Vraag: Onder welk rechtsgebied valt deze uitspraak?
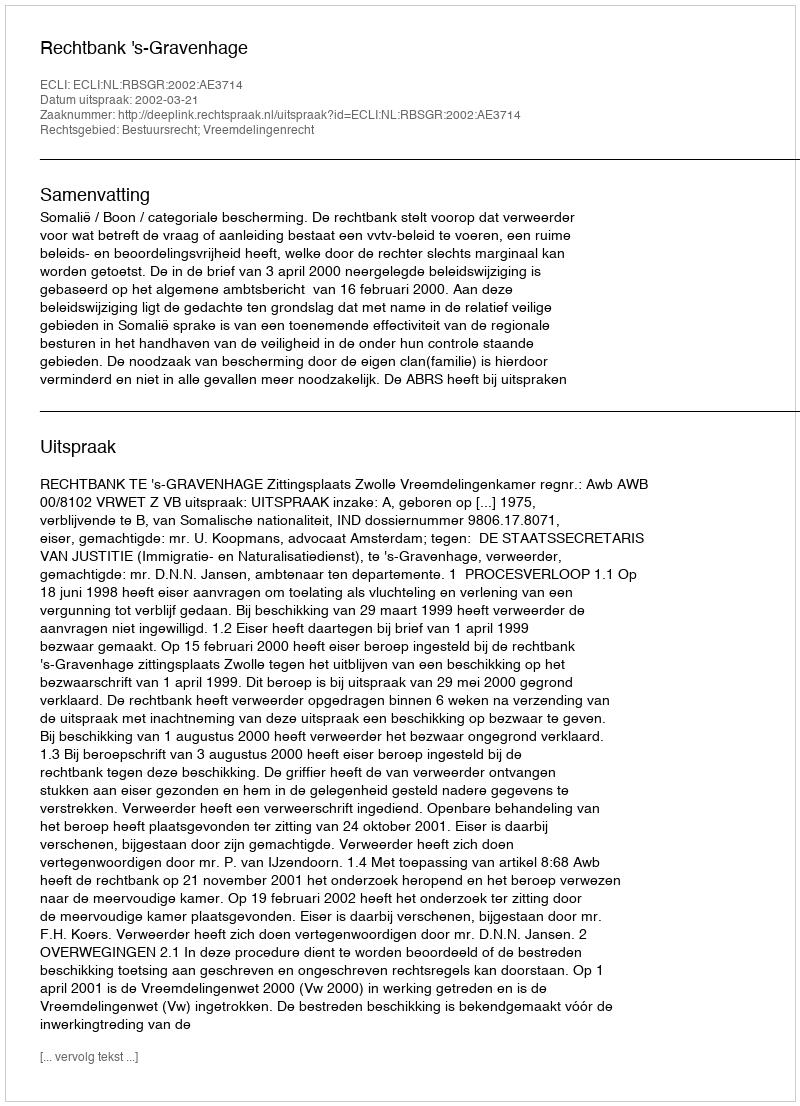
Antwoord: Bestuursrecht; Vreemdelingenrecht